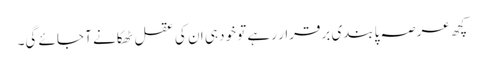
کچھ عرصہ پابندی برقرار رہے تو خود ہی ان کی عقل ٹھکانے آ جائے گی۔